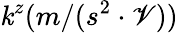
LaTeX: \mathit{k}^{z}(m/(s^{2}\cdot\mathscr{V}))